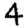
Digit: 4